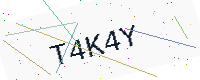
Text: T4K4Y